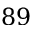
8 9